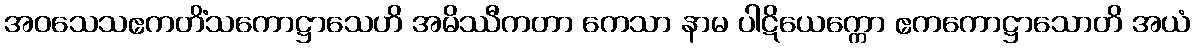
အဝသေသဧကတိံသကောဋ္ဌာသေဟိ အမိဿီကတာ ကေသာ နာမ ပါဋိယေက္ကော ဧကကောဋ္ဌာသောတိ အယံ